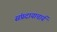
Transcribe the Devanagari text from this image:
संप्रदायाचार्य